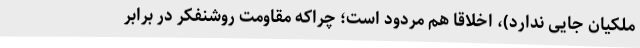
ملکیان جایی ندارد)، اخلاقا هم مردود است؛ چراکه مقاومت روشنفکر در برابر